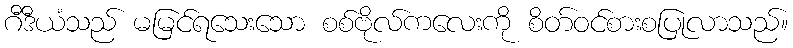
ဂီဒီယံသည် မမြင်ရသေးသော စစ်ဗိုလ်ကလေးကို စိတ်ဝင်စားစပြုလာသည်။